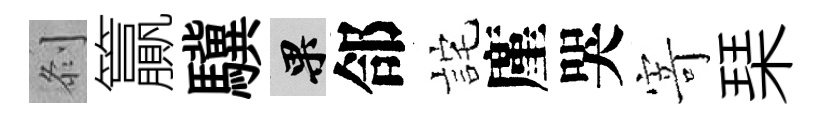
𠛴籯驥果郃詫廑哭𭔃琹